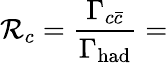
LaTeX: \mathcal{R}_{c}={\frac{{\Gamma_{c\bar{{c}}}}}{{\Gamma_{\mathrm{{had}}}}}}=